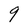
Character: 9